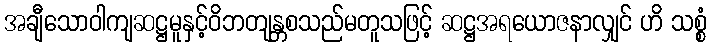
အချီသောဝါကျဆဋ္ဌမူနှင့်ဝိဘတျန္တစသည်မတူသဖြင့် ဆဋ္ဌအရယောဇနာလျှင် ဟိ သစ္စံ